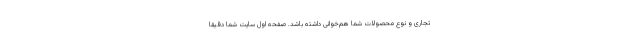
تجاری و نوع محصولات شما هم‌خوانی داشته باشد. صفحه اول سایت شما دقیقا